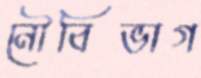
নৌবিভাগ